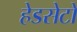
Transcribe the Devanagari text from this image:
हेडसेटों